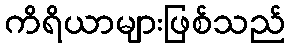
ကိရိယာများဖြစ်သည်